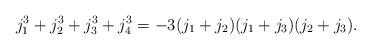
LaTeX: \begin{align*}j_1^3+j_2^3+j_3^3+j_4^3=-3 (j_1+j_2) (j_1+j_3) (j_2+j_3).\end{align*}